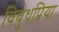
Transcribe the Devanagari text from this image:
विबुधप्रिया